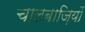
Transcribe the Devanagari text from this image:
चालबाज़ियों